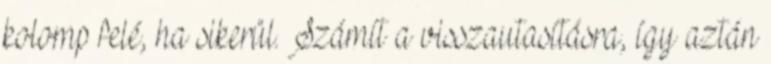
kolomp felé, ha sikerül. Számít a visszautasításra, így aztán